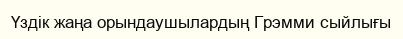
Үздік жаңа орындаушылардың Грэмми сыйлығы